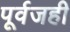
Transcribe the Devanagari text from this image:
पूर्वजही